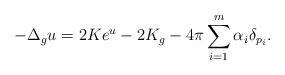
LaTeX: \begin{align*}-\Delta_{g} u = 2 K e^{u} - 2K_{g} -4\pi \sum_{i=1}^m\alpha_i \delta_{p_i}.\end{align*}